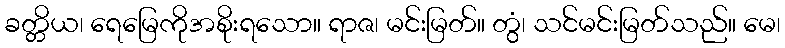
ခတ္တိယ၊ ရေမြေကိုအစိုးရသော။ ရာဇ၊ မင်းမြတ်။ တွံ၊ သင်မင်းမြတ်သည်။ မေ၊